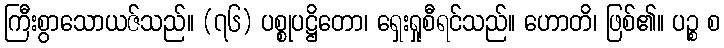
ကြီးစွာသောယဇ်သည်။ (၇၆) ပစ္စုပဋ္ဌိတော၊ ရှေးရှုစီရင်သည်။ ဟောတိ၊ ဖြစ်၏။ ပဉ္စ စ